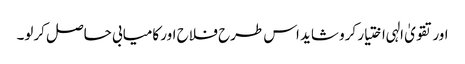
اور تقویٰ الہی اختیار کرو شاید اس طرح فلاح اور کامیابی حاصل کرلو۔